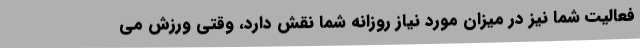
فعالیت شما نیز در میزان مورد نیاز روزانه شما نقش دارد، وقتی ورزش می